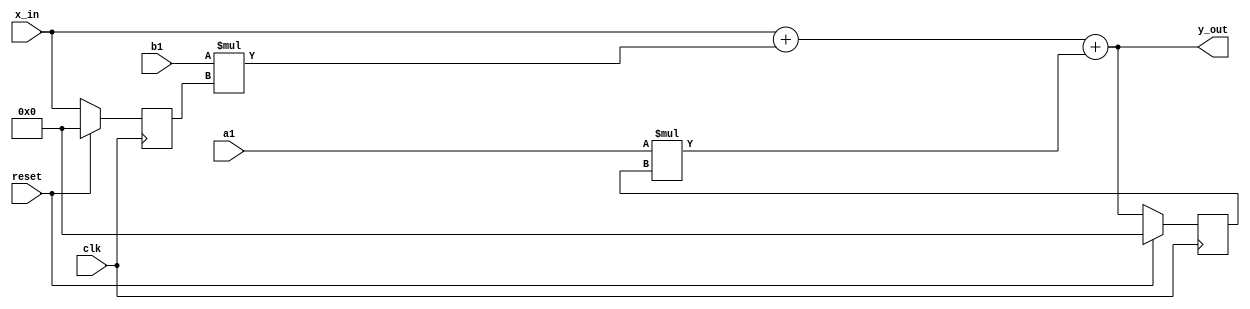

module fos_exact(
    input [31:0] x_in,
    input [10:0] a1,
    input [10:0] b1,
    input clk,
    input reset,
    output [31:0] y_out);
    /*
    Direct I form
     x_in ---------------->(+)------------------- >y_out
            |               ^              |
            |               |              |
         (z^-1)              |            (z^-1) 
            |               |              |
            |               |              |
            ----->(X)----->(+)<-----(X)<----
                   ^                 ^
                   |                 |
                  b1                a1
    */

    wire [31:0] Data_feedforward;
    wire [31:0] Data_feedback;
    wire [31:0] sum0;
    reg [31 : 0] Samples_in; 
    reg [31 : 0] Samples_out; 

    assign Data_feedforward = b1*Samples_in; 
                          
    assign Data_feedback = a1*Samples_out; 
 
    assign y_out = x_in + Data_feedforward + Data_feedback; 



   always @ (posedge clk) 
   if(reset == 1) begin
         Samples_in <= 0; 
         Samples_out <= 0; 
      end 
   else begin 
      Samples_in <= x_in; 
      Samples_out <= y_out; 
   end 
 
    

endmodule